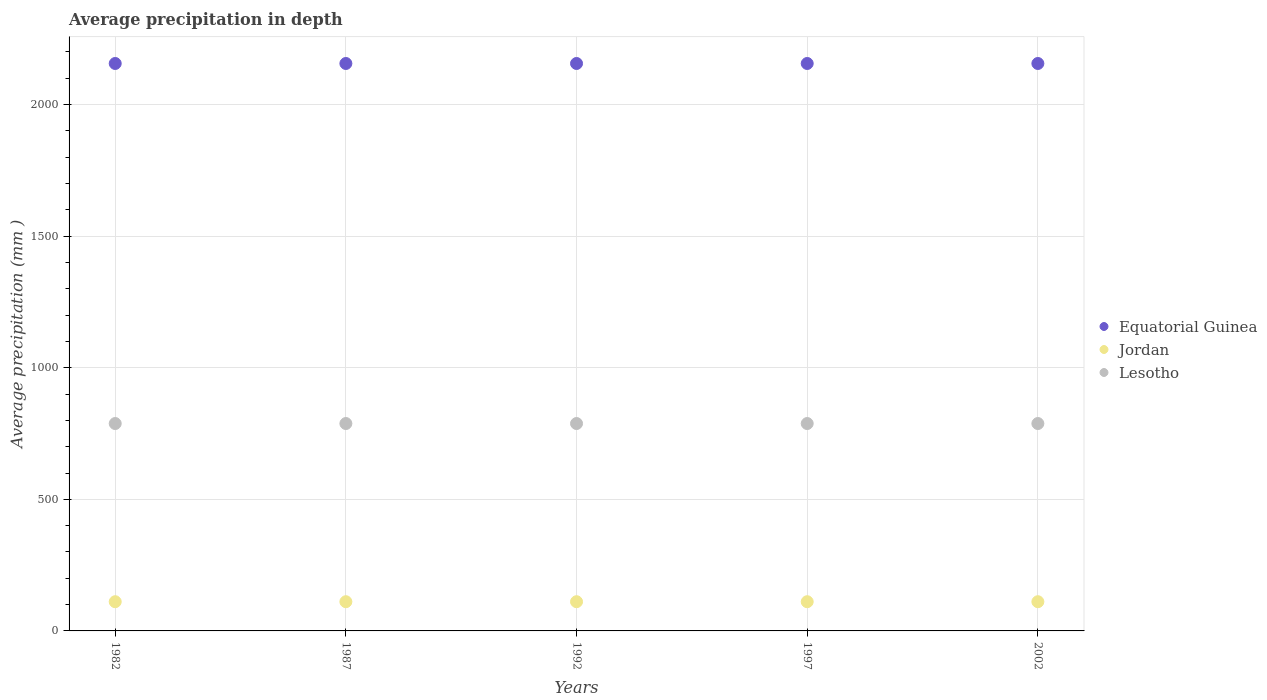
| Years | Equatorial Guinea | Jordan | Lesotho |
 | --- | --- | --- | --- |
 | 1982 | 2.16e+03 | 111 | 788 |
 | 1987 | 2.16e+03 | 111 | 788 |
 | 1992 | 2.16e+03 | 111 | 788 |
 | 1997 | 2.16e+03 | 111 | 788 |
 | 2002 | 2.16e+03 | 111 | 788 |